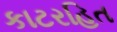
કાટરહિત